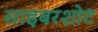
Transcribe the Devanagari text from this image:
साइबरशोट